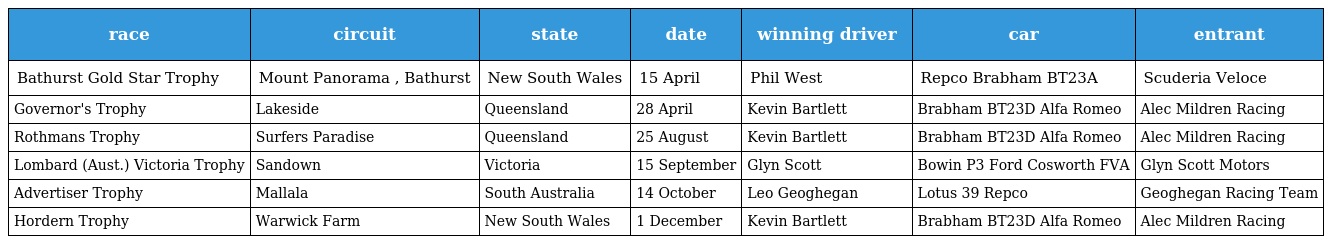
| race | circuit | state | date | winning driver | car | entrant |
 | --- | --- | --- | --- | --- | --- | --- |
 | Bathurst Gold Star Trophy | Mount Panorama , Bathurst | New South Wales | 15 April | Phil West | Repco Brabham BT23A | Scuderia Veloce |
 | Governor's Trophy | Lakeside | Queensland | 28 April | Kevin Bartlett | Brabham BT23D Alfa Romeo | Alec Mildren Racing |
 | Rothmans Trophy | Surfers Paradise | Queensland | 25 August | Kevin Bartlett | Brabham BT23D Alfa Romeo | Alec Mildren Racing |
 | Lombard (Aust.) Victoria Trophy | Sandown | Victoria | 15 September | Glyn Scott | Bowin P3 Ford Cosworth FVA | Glyn Scott Motors |
 | Advertiser Trophy | Mallala | South Australia | 14 October | Leo Geoghegan | Lotus 39 Repco | Geoghegan Racing Team |
 | Hordern Trophy | Warwick Farm | New South Wales | 1 December | Kevin Bartlett | Brabham BT23D Alfa Romeo | Alec Mildren Racing |